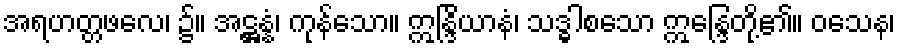
အရဟတ္တဖလေ၊ ၌။ အဋ္ဌန္နံ၊ ကုန်သော။ ဣန္ဒြိယာနံ၊ သဒ္ဓါစသော ဣန္ဒြေတို့၏။ ဝသေန၊